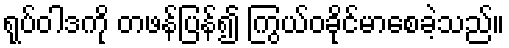
ရုပ်ဝါဒကို တဖန်ပြန်၍ ကြွယ်ဝခိုင်မာစေခဲ့သည်။